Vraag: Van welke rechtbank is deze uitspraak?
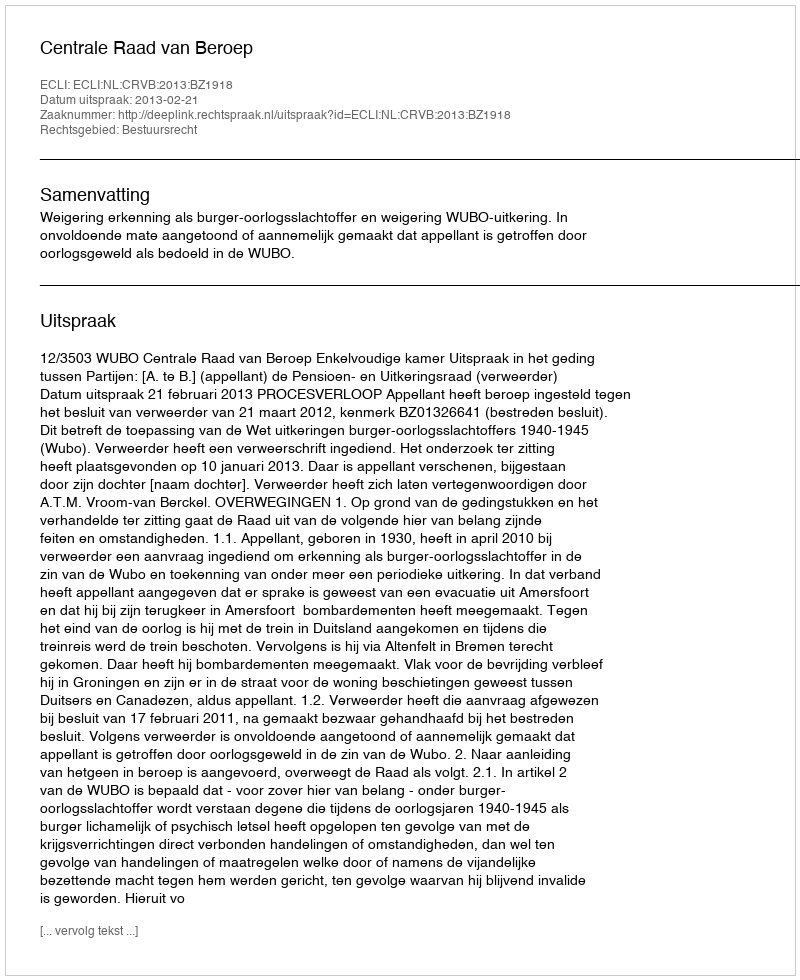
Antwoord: Centrale Raad van Beroep